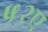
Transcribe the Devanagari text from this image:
५२ए